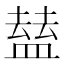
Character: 𥂊